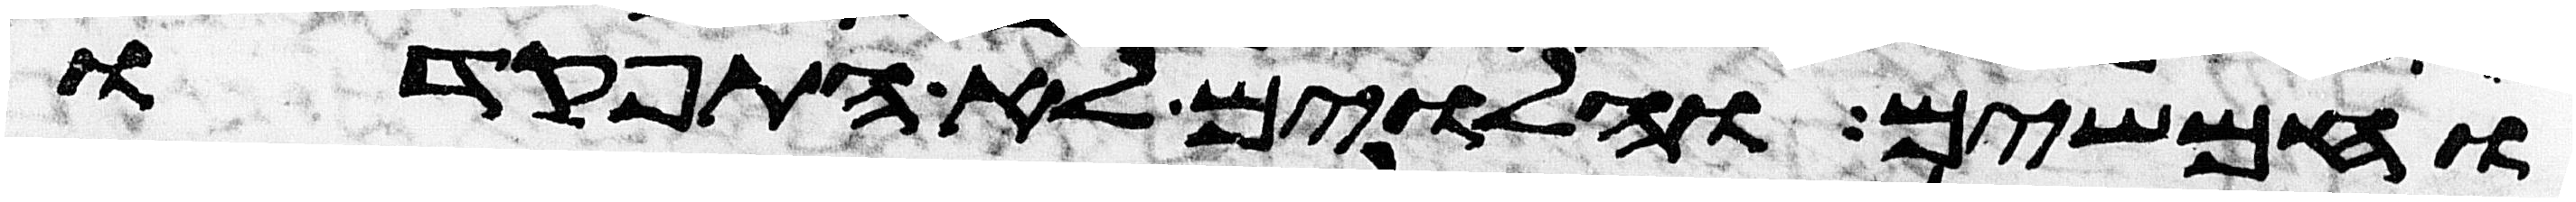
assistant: וחמשים והלוים לא התפקדו